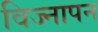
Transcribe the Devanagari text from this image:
विज्नापन